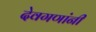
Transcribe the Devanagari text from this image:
देवगणांनी